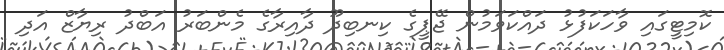
ކޮމިޓީގައި ވާހަކަފުޅު ދައްކަވަމުން ޖޭޕީގެ ކިނބިދޫ ދާއިރާގެ މެންބަރު އަބްދު ރިޔާޒް އަދި